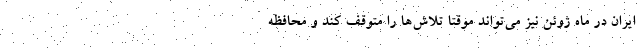
ایران در ماه ژوئن نیز می‌تواند موقتاً تلاش‌ها را متوقف کند و محافظه